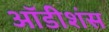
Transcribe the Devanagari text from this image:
ऑडीशंस